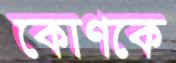
কোণকে